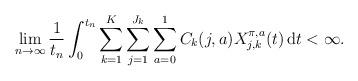
LaTeX: \begin{align*} \lim_{n\to\infty} \frac{1}{t_n}\int_{0}^{t_n} \sum_{k=1}^K\sum_{j=1}^{J_k}\sum_{a=0}^{1} C_{k}(j,a)X_{j,k}^{\pi,a}(t)\,\mathrm{d}t < \infty.\end{align*}